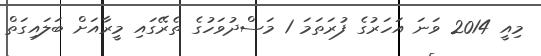
މިއީ 2014 ވަނަ އަހަރުގެ ފުރަތަމަ 1 މަސްދުވަހުގެ ތެރޭގައި މީރާއަށް ބަލައިގަތް